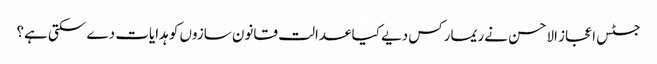
جسٹس اعجاز الاحسن نے ریمارکس دیے کیا عدالت قانون سازوں کو ہدایات دے سکتی ہے؟